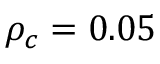
\rho _ { c } = 0 . 0 5